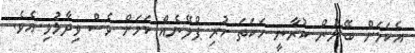
އެކަމަށް ބޭނުން ކުރާނީ ހަކަތަ ހުރި ޕްލޭނެއް ކަމަށް ވެސް ވިދާޅުވި އެވެ.